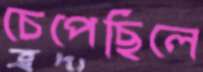
চেপেছিলে